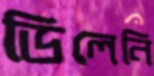
ডিলেনি